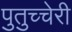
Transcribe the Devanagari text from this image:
पुतुच्चेरी